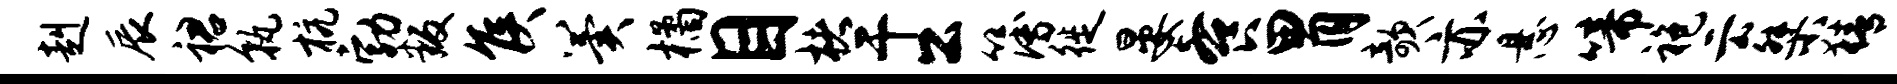
赳辰裙孰杭勃叛侯翼橘目楮干公簿徙晏餐胃欹亦悬啼袍云桀猜